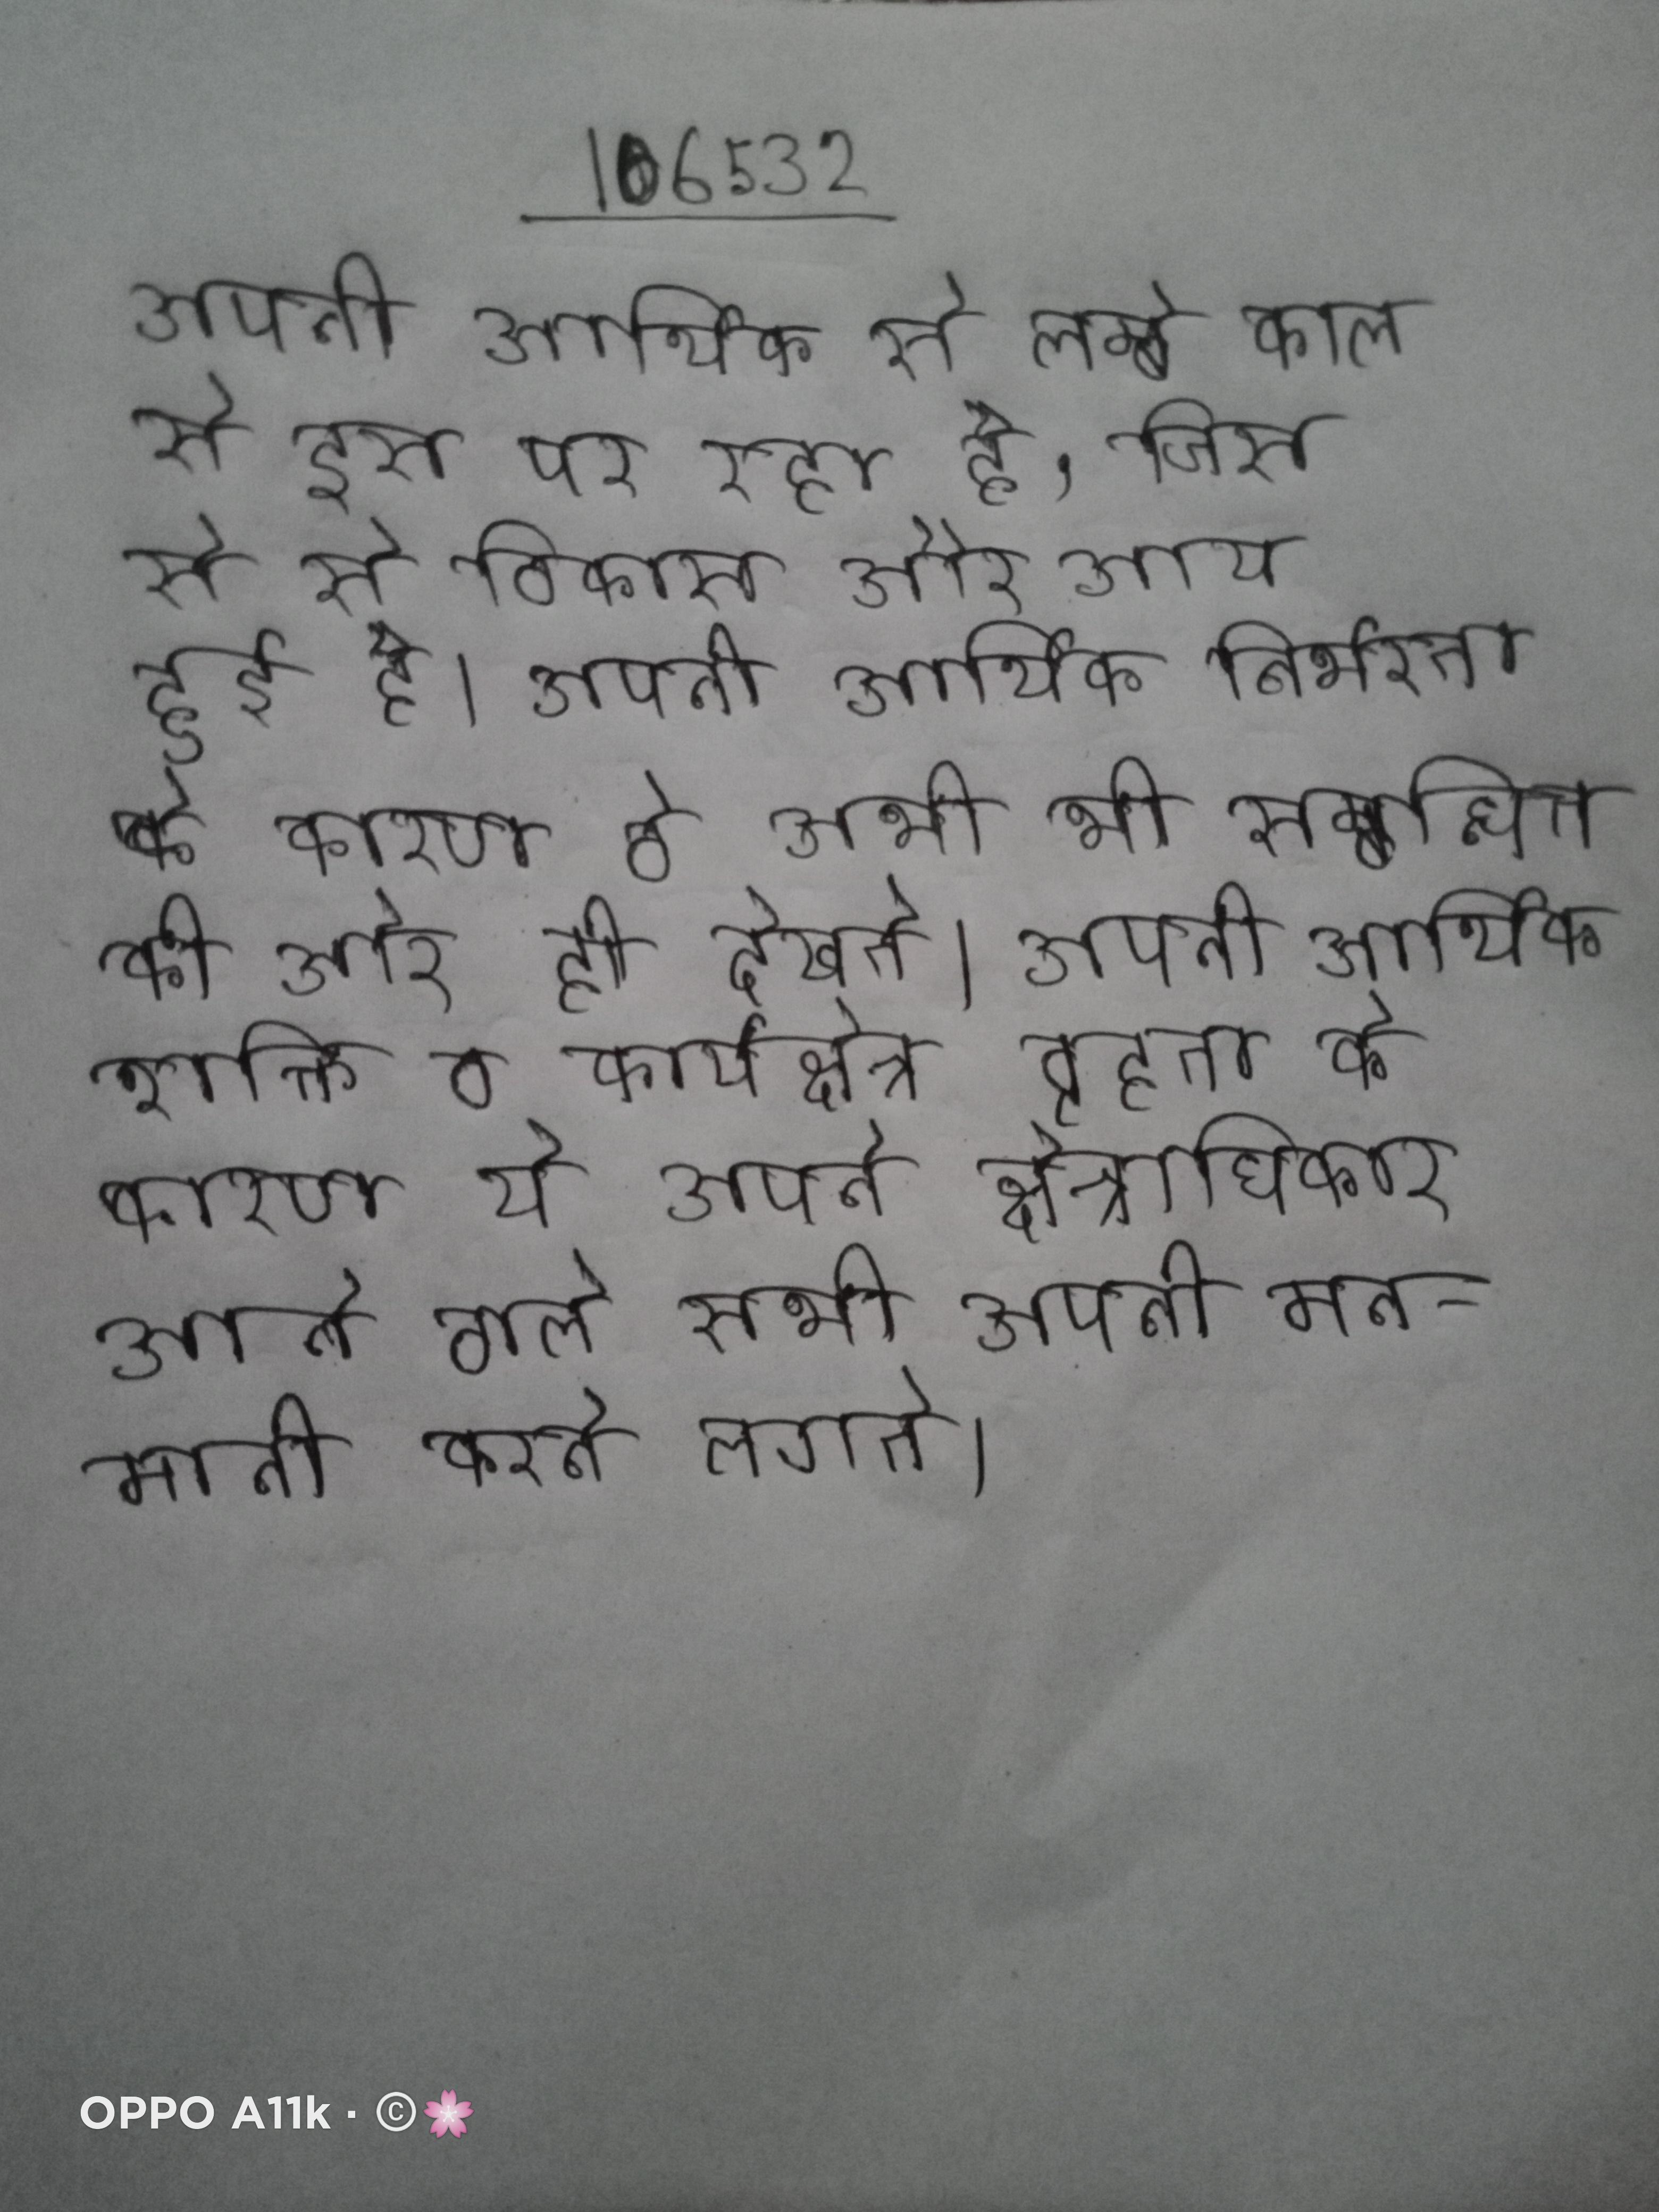
अपनी आर्थिक से लम्बे काल से इस पर रहा है, जिस से से विकास और आय हुई है । अपनी आर्थिक निर्भरता के कारण वे अभी भी सम्बन्धित की ओर ही देखते । अपनी आर्थिक शक्ति व कार्यक्षेत्र वृहता के कारण ये अपने क्षेत्राधिकार आने वाले सभी अपनी मनमानी करने लगते ।